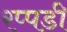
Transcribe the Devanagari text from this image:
रप्पडी